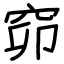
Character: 窌